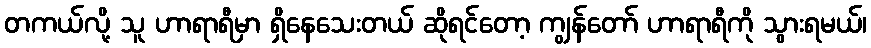
တကယ်လို့ သူ ဟာရာရီမှာ ရှိနေသေးတယ် ဆိုရင်တော့ ကျွန်တော် ဟာရာရီကို သွားရမယ်၊